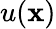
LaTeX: u(\mathbf{x})